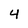
Character: 4